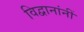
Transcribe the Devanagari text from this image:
विद्वानांनीं